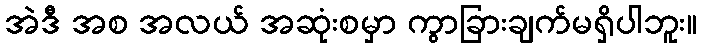
အဲဒီ အစ အလယ် အဆုံးစမှာ ကွာခြားချက်မရှိပါဘူး။